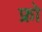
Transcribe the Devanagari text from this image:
फ्रो